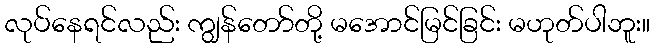
လုပ်နေရင်လည်း ကျွန်တော်တို့ မအောင်မြင်ခြင်း မဟုတ်ပါဘူး။